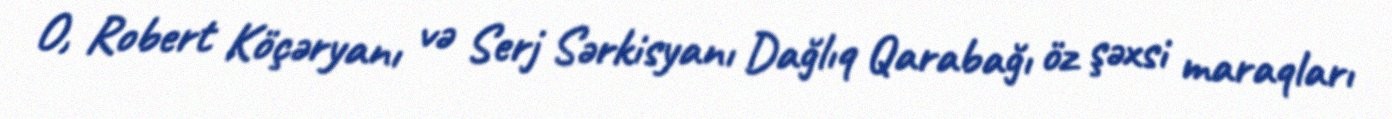
O, Robert Köçəryanı və Serj Sərkisyanı Dağlıq Qarabağı öz şəxsi maraqları